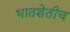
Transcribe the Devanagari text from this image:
भातशेतीच